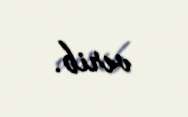
verib.